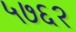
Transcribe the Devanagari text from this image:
५७६२